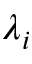
\lambda _ { i }